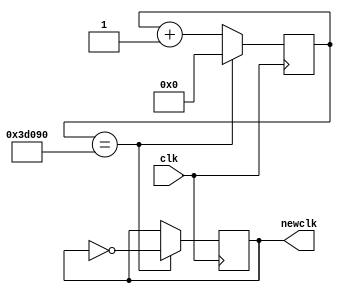
`timescale 1ns / 1ps
//////////////////////////////////////////////////////////////////////////////////
// Company: 
// Engineer: 
// 
// Design Name: 
// Module Name:    MiliSecondCount 
// Project Name: 
// Target Devices: 
// Tool versions: 
// Description: 
//
// Dependencies: 
//
// Revision: 
// Revision 0.01 - File Created
// Additional Comments: 
//
//////////////////////////////////////////////////////////////////////////////////
module MiliSecondCount(
    input clk,
    output reg newclk
    );
	 initial begin
		newclk = 0;
	end
	 reg [17:0] counter = 0;
	 parameter N = 250000;
	 
	 always @(posedge clk) begin
		counter <= counter + 1;
		if (counter == N) begin
			newclk <= !newclk;
			counter <= 0;
		end
	end


endmodule